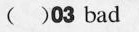
( )03bad